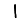
Digit: 1